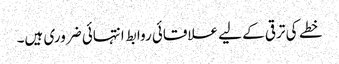
خطے کی ترقی کے لیے علاقائی روابط انتہائی ضروری ہیں۔